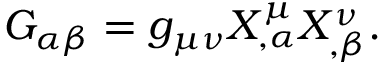
G _ { \alpha \beta } = g _ { \mu \nu } X _ { , \alpha } ^ { \mu } X _ { , \beta } ^ { \nu } .